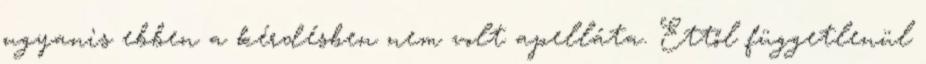
ugyanis ebben a kérdésben nem volt apelláta. Ettől függetlenül